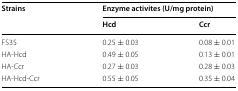
<table><thead><tr><td rowspan="2"><b>Strains</b></td><td colspan="2"><b>Enzyme activites (U/mg protein)</b></td></tr><tr><td><b>Hcd</b></td><td><b>Ccr</b></td></tr></thead><tbody><tr><td>FS35</td><td>0.25 ± 0.03</td><td>0.08 ± 0.01</td></tr><tr><td>HA-Hcd</td><td>0.49 ± 0.05</td><td>0.13 ± 0.01</td></tr><tr><td>HA-Ccr</td><td>0.27 ± 0.03</td><td>0.28 ± 0.03</td></tr><tr><td>HA-Hcd-Ccr</td><td>0.55 ± 0.05</td><td>0.35 ± 0.04</td></tr></tbody></table>